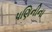
પણિનીના